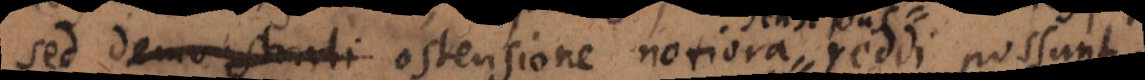
sed demonstrati ostensione notiora reddi possunt.